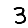
Digit: 3